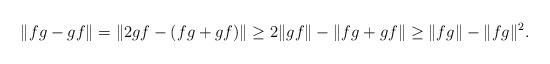
LaTeX: \begin{align*}\|fg-gf\| = \|2gf - (fg+gf)\| \ge 2\|gf\| - \|fg+gf\| \ge \|fg\| - \|fg\|^2.\end{align*}